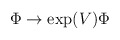
\begin{align*}\Phi \rightarrow \exp(V)\Phi\end{align*}